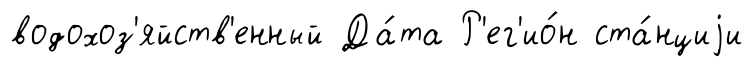
водохоз'яйств'енный Да́та Р'ег'ио́н ста́нциjи